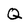
Character: Q